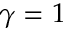
\gamma = 1